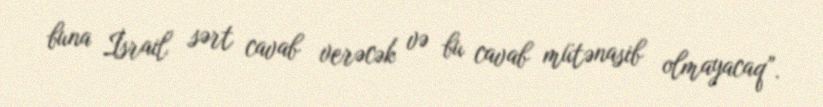
buna İsrail sərt cavab verəcək və bu cavab mütənasib olmayacaq”.